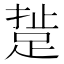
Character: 𨁘